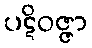
ပဋိဝဇ္ဇာ